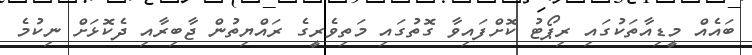
ބައެއް މީޑިއާތަކުގައި ރިޕޯޓު ކޮށްފައިވާ ގޮތުގައި މަތިވެރީގެ ރައްޔިތުން ޖާބިރާއި ދެކޮޅަށް ނިކުމެ